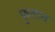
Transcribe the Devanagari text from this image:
फुरान